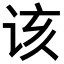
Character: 该